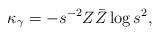
LaTeX: \begin{align*}\kappa_\gamma = -s^{-2}Z\bar Z\log s^2,\end{align*}